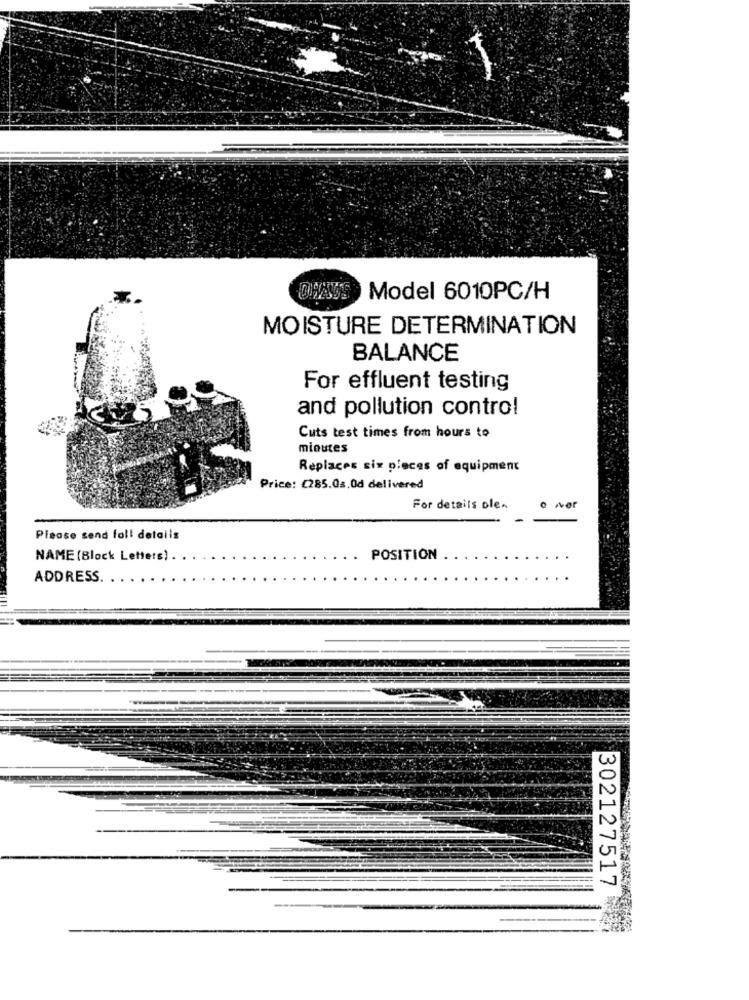
Model 6010PC/H
MOISTURE DETERMINATION
BALANCE
For effluent testing
and pollution control
Cuts test times from hours to
minutes
Replaces six pieces of equipment
Price: €285.08.0d delivered
For details ole.
Please send fall details
NAME (Block Letters) .
POSITION
ADDRESS.
302127517